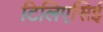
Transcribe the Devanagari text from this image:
टिलिएसिई